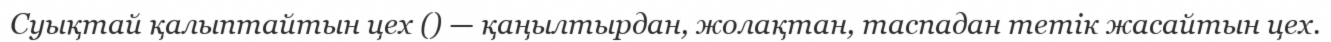
Суықтай қалыптайтын цех () — қаңылтырдан, жолақтан, таспадан тетік жасайтын цех.